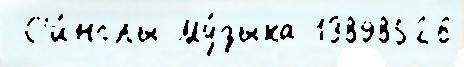
 С'и́нглы Му́зыка 13898526